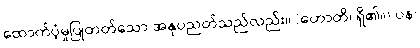
ထောက်ပံ့မှုပြုတတ်သော အနုပညတ်သည်လည်း။ (ဟောတိ၊ ရှိ၏။) ပန၊